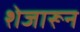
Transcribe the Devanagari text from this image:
शेजारून